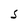
Character: S